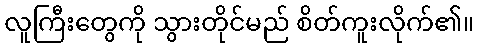
လူကြီးတွေကို သွားတိုင်မည် စိတ်ကူးလိုက်၏။